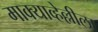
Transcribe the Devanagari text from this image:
माक्याव्हेल्लीला